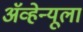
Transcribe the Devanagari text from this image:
ॲव्हेन्यूला